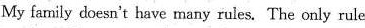
My family doesn't have many rules.The onlyrule